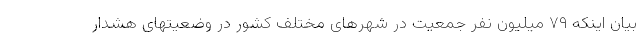
بیان اینکه ۷۹ میلیون نفر جمعیت در شهرهای مختلف کشور در وضعیتهای هشدار